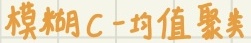
模糊C-均值聚类